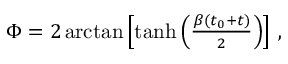
\begin{array} { r } { \Phi = 2 \arctan \left[ \operatorname { t a n h } \left( \frac { \beta ( t _ { 0 } + t ) } { 2 } \right) \right] \mathrm { \, , } } \end{array}